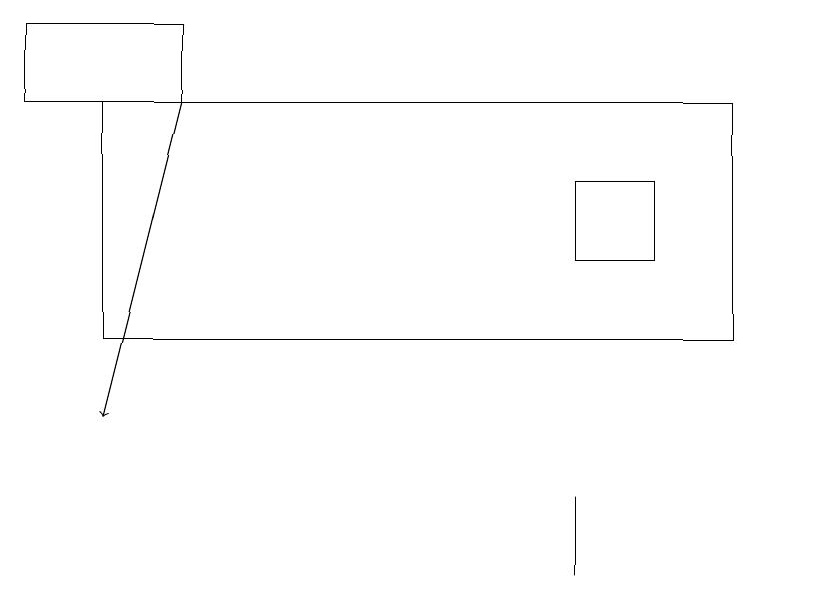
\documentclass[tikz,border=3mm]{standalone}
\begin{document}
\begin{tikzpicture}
\draw (1,16) rectangle (9,13);
\draw[->] (2,16) -- (1,12);
\draw (10,11) circle (0);
\draw (7,11) rectangle (7,10);
\draw (10,11) circle (0);
\draw (8,14) rectangle (7,15);
\draw (2,17) rectangle (0,16);
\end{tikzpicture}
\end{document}